Indian journal of veterinary science and animal husbandry - Volume 14,
Year: 1944
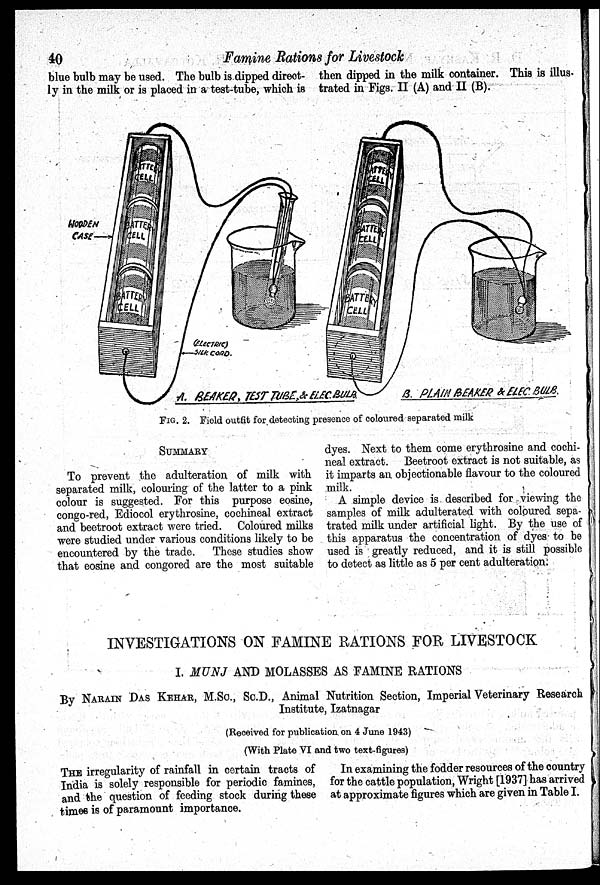
40
Famine Rations for Livestock
blue bulb may be used. The bulb is dipped direct-
ly in the milk or is placed in a test-tube, which is
then dipped in the milk container. This is illus-
trated in Figs. II (A) and II (B).
FIG. 2. Field outfit for detecting presence of coloured separated milk
SUMMARY
To prevent the adulteration of milk with
separated milk, colouring of the latter to a pink
colour is suggested. For this purpose eosine,
congo-red, Ediocol erythrosine, cochineal extract
and beetroot extract were tried. Coloured milks
were studied under various conditions likely to be
encountered by the trade.
These studies show
that eosine and congored are the most suitable
dyes. Next to them come erythrosine and cochi-
neal extract. Beetroot extract is not suitable, as
it imparts an objectionable flavour to the coloured
milk.
A simple device is described for viewing the
samples of milk adulterated with coloured sepa-
-rated milk under artificial light. By the use of
this apparatus the concentration of dyes to be
used is greatly reduced, and it is still possible
to detect as little as 5 per cent adulteration.
INVESTIGATIONS ON FAMINE RATIONS FOR LIVESTOCK
I. MUNJ AND MOLASSES AS FAMINE RATIONS
By NARAIN DAS KEHAR, M.Sc., Sc.D., Animal Nutrition Section, Imperial Veterinary Research
Institute, Izatnagar
(Received for publication on 4 June 1943)
(With Plate VI and two text-figures)
THE irregularity of rainfall in certain tracts of
India is solely responsible for periodic famines,
and the question of feeding stock during these
times is of paramount importance.
In examining the fodder resources of the country
for the cattle population, Wright [1937] has arrived
at approximate figures which are given in Table I.